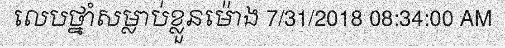
លេបថ្នាំសម្លាប់ខ្លួនម៉ោង 7/31/2018 08:34:00 AM